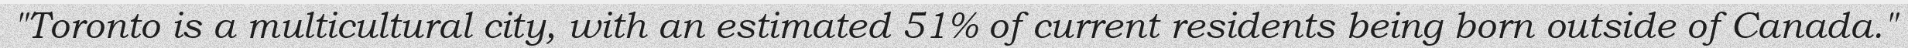
"Toronto is a multicultural city, with an estimated 51% of current residents being born outside of Canada."